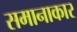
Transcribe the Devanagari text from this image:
समानाकार